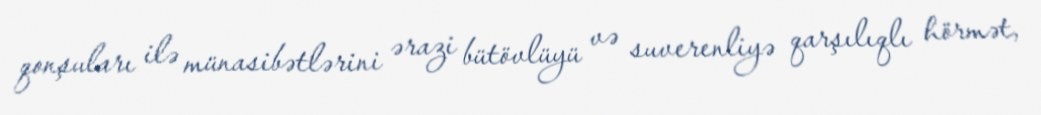
qonşuları ilə münasibətlərini ərazi bütövlüyü və suverenliyə qarşılıqlı hörmət,